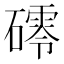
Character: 𥖟